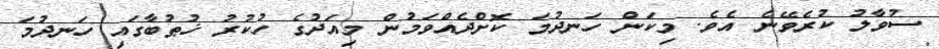
ސުވާލު ކުރެވޭނެ އެވެ. މިކަން ހަނދުމަ ކޮށްދެއްވަމުން މިއަދުގެ ހުކުރު ޚުޠުބާގައި ހަނދުމަ